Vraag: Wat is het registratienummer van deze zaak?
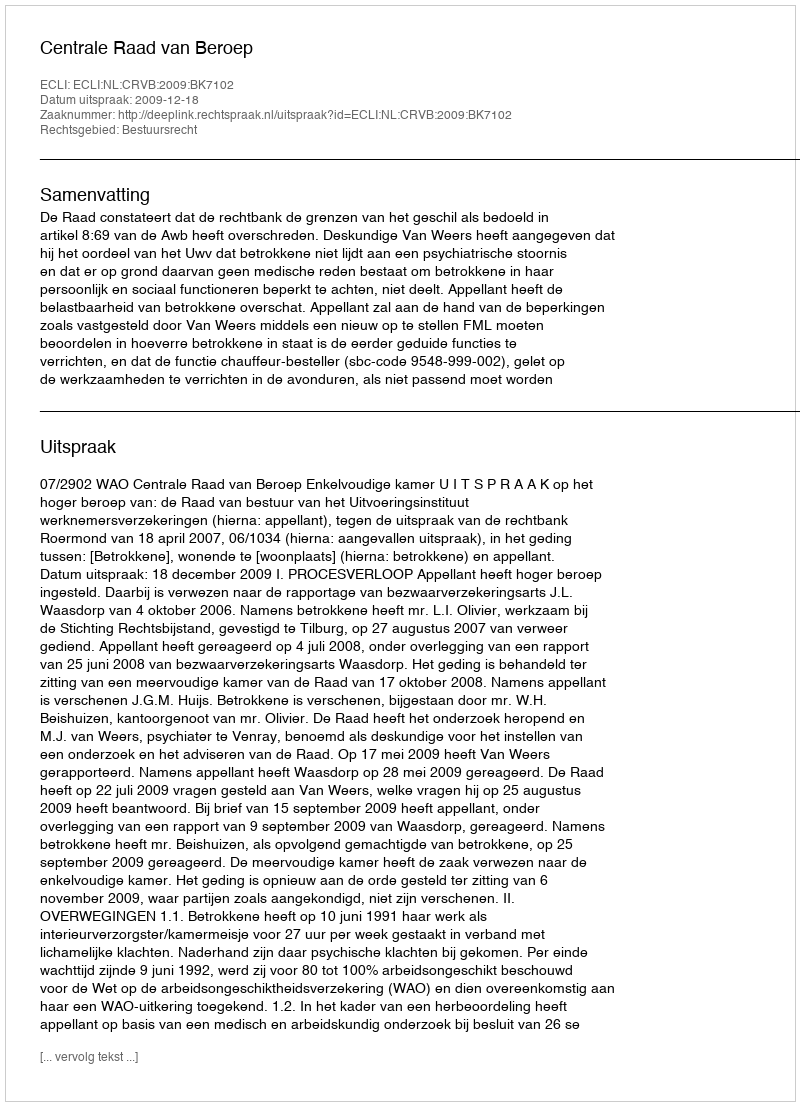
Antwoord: http://deeplink.rechtspraak.nl/uitspraak?id=ECLI:NL:CRVB:2009:BK7102